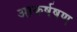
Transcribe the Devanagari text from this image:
आकर्षषण